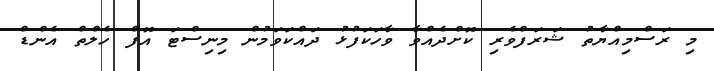
މި ރަސްމިއްޔާތު ޝަރަފްވެރި ކޮށްދެއްވާ ވާހަކަފުޅު ދައްކަވަމުން މިނިސްޓަ އޮފް ހެލްތް އެންޑް